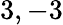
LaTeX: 3,-3